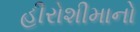
હીરોશીમાનો